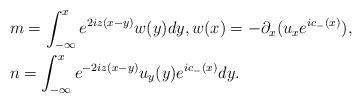
LaTeX: \begin{align*}&m=\int_{-\infty}^xe^{2iz(x-y)}w(y)dy, w(x)=-\partial_x(u_xe^{ic_-(x)}),\\&n=\int_{-\infty}^xe^{-2iz(x-y)}u_y(y)e^{ic_-(x)}dy.\end{align*}